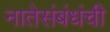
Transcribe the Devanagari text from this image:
नातेसंबंधंची